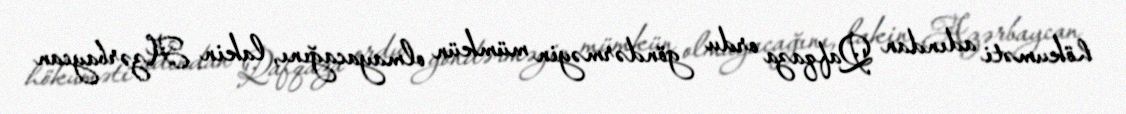
hökuməti adından Qafqaza ordu göndərməyin mümkün olmayacağını, lakin Azərbaycan